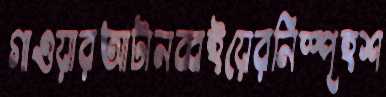
গাওয়ারআটানব্বইয়েরনিস্পৃহশ